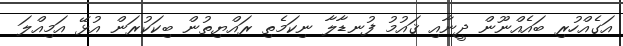
އަގެއްހުރި ބައެއްނޫން ދީނާއި ޤައުމު ފުނޑާލާ ނިކަމެތި ރައްޔިތުން ބިކަކުރަން އުޅޭ އަމިއްލަ